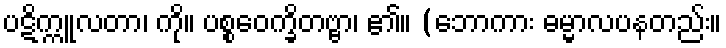
ပဋိက္ကူလတာ၊ ကို။ ပစ္စဝေက္ခိတဗ္ဗာ၊ ၏။ (ဘောကား ဓမ္မာလပနတည်း။